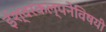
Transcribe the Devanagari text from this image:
ईश्वरकल्पनेविषयी